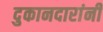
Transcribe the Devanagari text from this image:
दुकानदारांनी